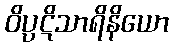
ဝိပ္ပဋိသာရိနိယော